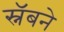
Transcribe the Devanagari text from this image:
स्नॅबने